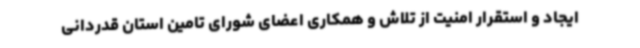
ایجاد و استقرار امنیت از تلاش و همکاری اعضای شورای تامین استان قدردانی